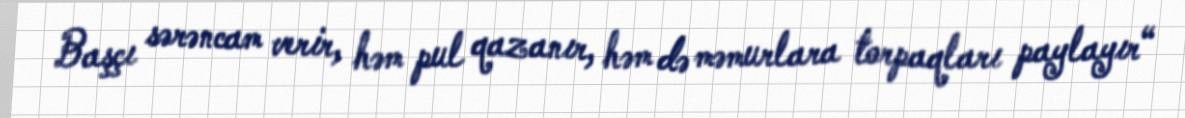
Başçı sərəncam verir, həm pul qazanır, həm də məmurlara torpaqları paylayır“